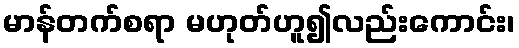
မာန်တက်စရာ မဟုတ်ဟူ၍လည်းကောင်း၊